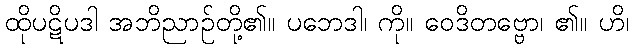
ထိုပဋိပဒါ အဘိညာဉ်တို့၏။ ပဘေဒါ၊ ကို။ ဝေဒိတဗ္ဗော၊ ၏။ ဟိ၊